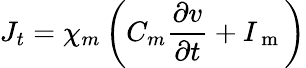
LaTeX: J_{t}=\chi_{m}\left(C_{m}\frac{\partial v}{\partial t}+I_{\mathrm{~m~}}\right)